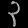
Digit: ၃